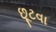
છૂટવા